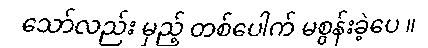
သော်လည်း မှည့် တစ်ပေါက် မစွန်းခဲ့ပေ ။